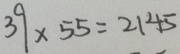
3 9 \times 5 5 = 2 1 4 5